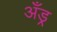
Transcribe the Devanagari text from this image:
अँड्र्